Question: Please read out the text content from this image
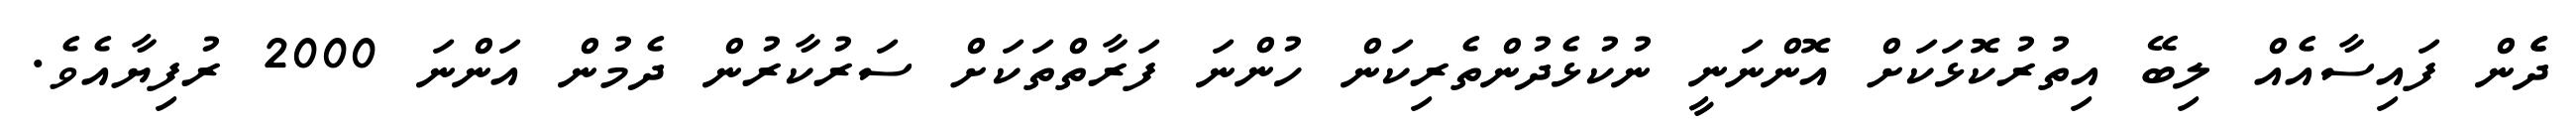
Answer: ދެެން ފައިސާއެއް ލިބޭ އިތުރުކޮޅަކަށް އޮންނަނީީ ނުކުޅެދުންތެރިކަން ހުންނަ ފަރާތްތަކަށް ސަރުކާރުން ދެމުން އަންނަ 2000 ރުފިޔާއެވެ.